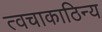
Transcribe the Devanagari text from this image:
त्वचाकाठिन्य